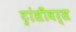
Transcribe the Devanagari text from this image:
ट्रांसीवर्स